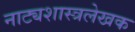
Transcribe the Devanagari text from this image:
नाट्यशास्त्रलेखक